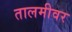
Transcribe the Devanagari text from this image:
तालमीवर